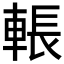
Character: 𮝙